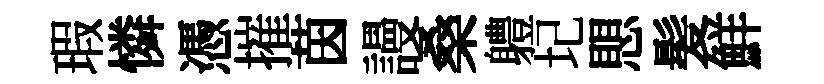
瑕憐憑摧茵謾桑軆圮愳髪鮮